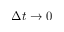
\Delta t \rightarrow 0